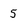
Character: 5